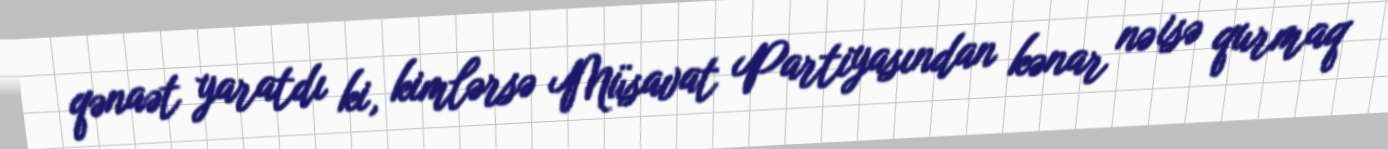
qənaət yaratdı ki, kimlərsə Müsavat Partiyasından kənar nə isə qurmaq